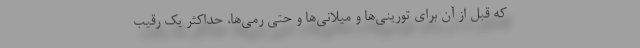
که قبل از آن برای تورینی‌ها و میلانی‌ها و حتی رمی‌ها، حداکثر یک رقیب